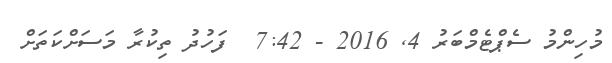
މުހިންމު ސެޕްޓެމްބަރު 4